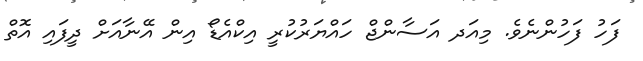
ފަހު ފަހުންނެވެ. މިއަދ އަސާންޖް ހައްޔަރުކުރީ އިކްއެޑޯ އިން އޭނާއަށް ދީފައި އޮތް